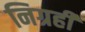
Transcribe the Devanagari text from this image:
निग्रही